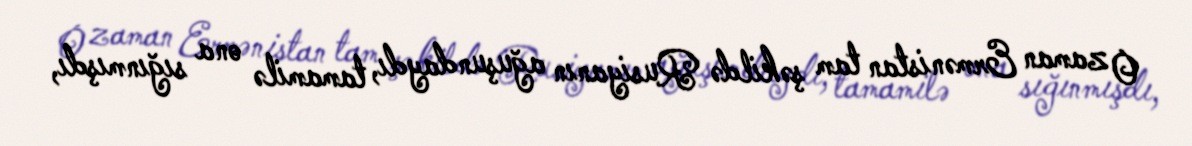
O zaman Ermənistan tam şəkildə Rusiyanın ağuşundaydı, tamamilə ona sığınmışdı,